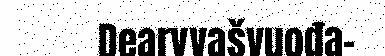
Dearvvašvuođa-